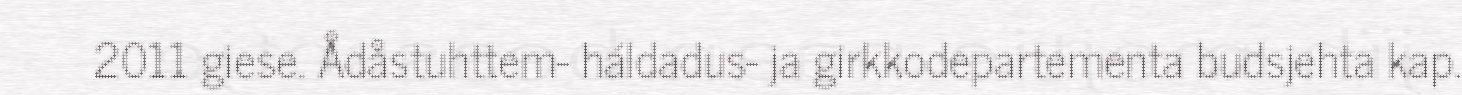
2011 giese. Ådåstuhttem- háldadus- ja girkkodepartementa budsjehta kap.